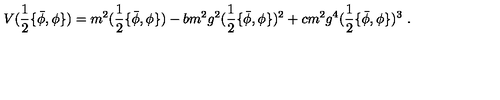
V ( \frac 1 2 \{ \bar { \phi } , \phi \} ) = m ^ { 2 } ( \frac 1 2 \{ \bar { \phi } , \phi \} ) - b m ^ { 2 } g ^ { 2 } ( \frac 1 2 \{ \bar { \phi } , \phi \} ) ^ { 2 } + c m ^ { 2 } g ^ { 4 } ( \frac 1 2 \{ \bar { \phi } , \phi \} ) ^ { 3 } \ .